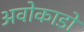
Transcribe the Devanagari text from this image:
अवोकाडो